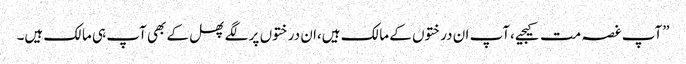
”آپ غصہ مت کیجیے،آپ ان درختوں کے مالک ہیں،ان درختوں پر لگے پھل کے بھی آپ ہی مالک ہیں۔